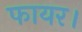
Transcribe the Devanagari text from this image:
फायर।